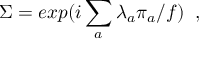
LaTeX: \Sigma = e x p ( i \sum _ { a } \lambda _ { a } \pi _ { a } / f ) \; \; ,